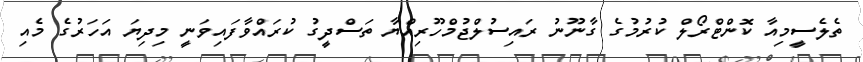
ތެލެސީމިއާ ކޮންޓްރޯލް ކުރުމުގެ ގާނޫނު ރައިސުލްޖުމްހޫރިއްޔާ ތަސްދީގު ކުރައްވާފައިވަނީ މިދިޔަ އަހަރުގެ މެއި